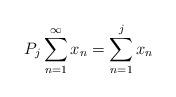
LaTeX: \begin{align*}P_j\sum_{n=1}^{\infty} x_n= \sum_{n=1}^{j} x_n\end{align*}